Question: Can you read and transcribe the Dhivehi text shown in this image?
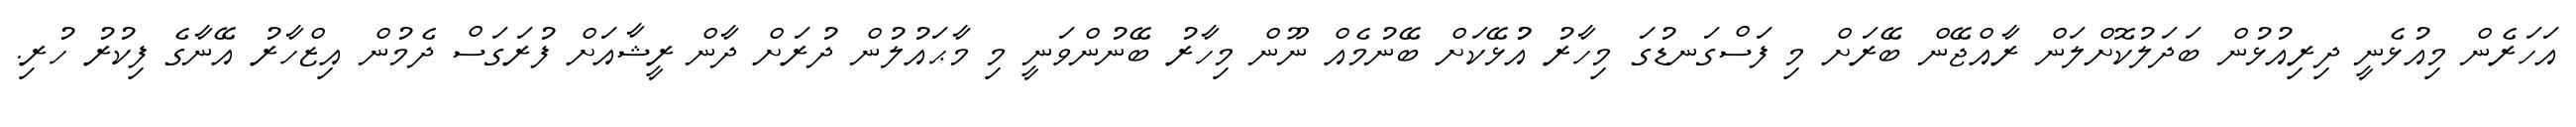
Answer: އަހަރެން މިއުޅެނީ ދިރިއުޅުން ބަދަލުކޮށްލަން ރާއްޖޭން ބޭރަށް މި ފަސްގަނޑުގަ މިހާރު އުުޅޭކަށް ބޭނުމެއް ނޫން މިހާރު ބޭނުންވަނީ މި މާޙައުލުން ދުރަށް ދާން ރީޝާއަށް ފުރަގަސް ދެމުން އިޒްހާރު އޭނާގެ ފިކުރު ހުރި.